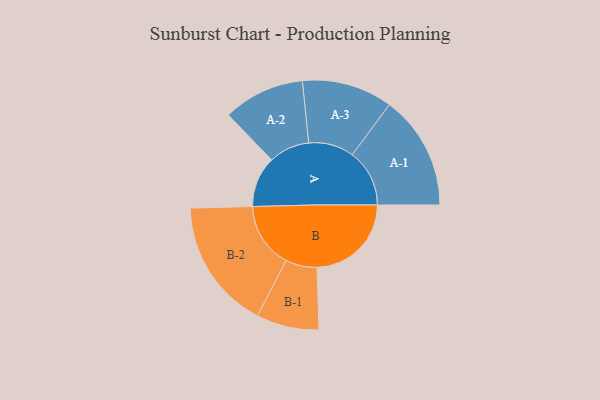
{"axis": {"x": "Segment", "y": "Value"}, "legend": ["", "A", "B"], "data": [{"x": "A", "y": 167, "type": ""}, {"x": "B", "y": 310, "type": ""}, {"x": "A-1", "y": 188, "type": "A"}, {"x": "A-2", "y": 134, "type": "A"}, {"x": "A-3", "y": 149, "type": "A"}, {"x": "B-1", "y": 103, "type": "B"}, {"x": "B-2", "y": 215, "type": "B"}]}